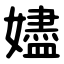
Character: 嬧